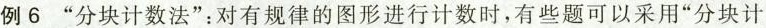
例6”分块计数法”：对有规律的图形进行计数时，有些题可以采用”分块计